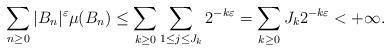
LaTeX: \begin{align*}\sum_{n\geq 0}\vert B_n \vert^{\varepsilon}\mu(B_n)\leq \sum_{k\geq 0}\sum_{1\leq j\leq J_k}2^{-k\varepsilon}=\sum_{k\geq 0}J_k 2^{-k\varepsilon}<+\infty.\end{align*}